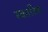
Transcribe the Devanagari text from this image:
स्‍काटिश